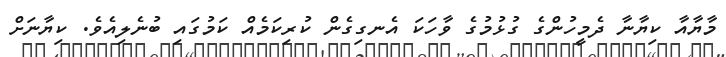
މާޔާއާ ކިޔާނާ ދެމީހުންގެ ގުޅުމުގެ ވާހަކަ އެނގިގެން ކުރިކަމެއް ކަމުގައި ބުނެލިއެވެ. ކިޔާނަށް